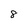
Character: 8